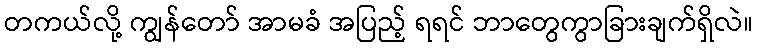
တကယ်လို့ ကျွန်တော် အာမခံ အပြည့် ရရင် ဘာတွေကွာခြားချက်ရှိလဲ။